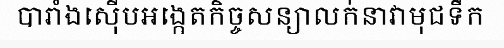
បារាំងស៊ើបអង្កេតកិច្ចសន្យាលក់នាវាមុជទឹក